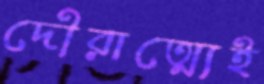
দৌরাত্ম্যেই